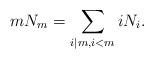
LaTeX: \begin{align*}mN_m = \sum_{i \mid m, i < m} iN_i.\end{align*}